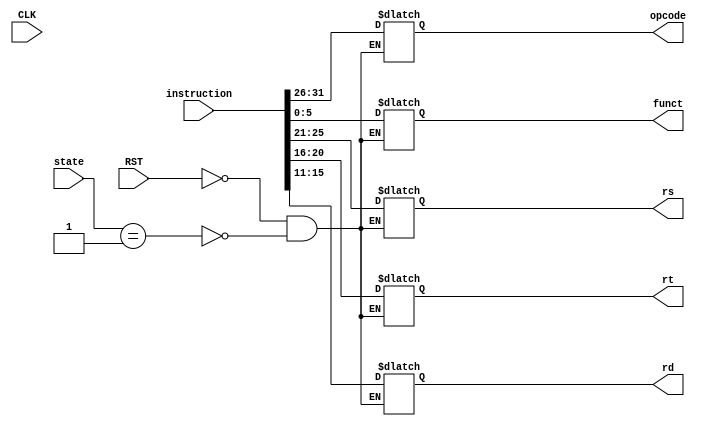
module CodeDiv(
    input CLK, RST,
    input [2:0] state,
    input [31:0] instruction,
    output reg [5:0] opcode, funct,
    output reg [4:0] rs, rt, rd
);

    always @(*) begin
        if(RST) begin
            opcode <= 6'bz;
            rs <= 5'bz;
            rt <= 5'bz;
            rd <= 5'bz;
            funct <= 6'bz;
        end
        else if (state == 1) begin
            opcode <= instruction[31:26];
            rs <= instruction[25:21];
            rt <= instruction[20:16];
            rd <= instruction[15:11];
            funct <= instruction[5:0];
        end
    end

endmodule